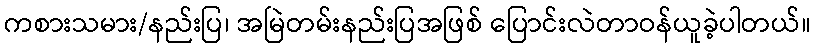
ကစားသမား/နည်းပြ၊ အမြဲတမ်းနည်းပြအဖြစ် ပြောင်းလဲတာဝန်ယူခဲ့ပါတယ်။